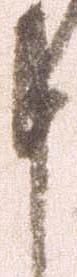
申